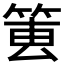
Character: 𥮔